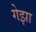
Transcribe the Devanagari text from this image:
गेझा